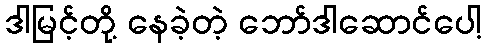
ဒါမြင့်တို့ နေခဲ့တဲ့ ဘော်ဒါဆောင်ပေါ့